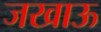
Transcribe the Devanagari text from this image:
जखाऊ